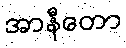
အာနီတော